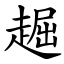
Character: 䞷